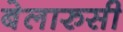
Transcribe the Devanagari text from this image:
बेलारुसी